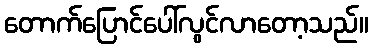
တောက်ပြောင်ပေါ်လွင်လာတော့သည်။